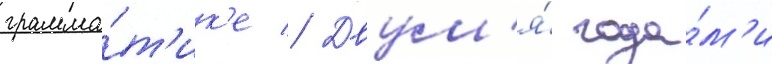
грамма́т'ик'е // Двум'я́ года́м'и